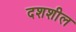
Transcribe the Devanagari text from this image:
दशशील